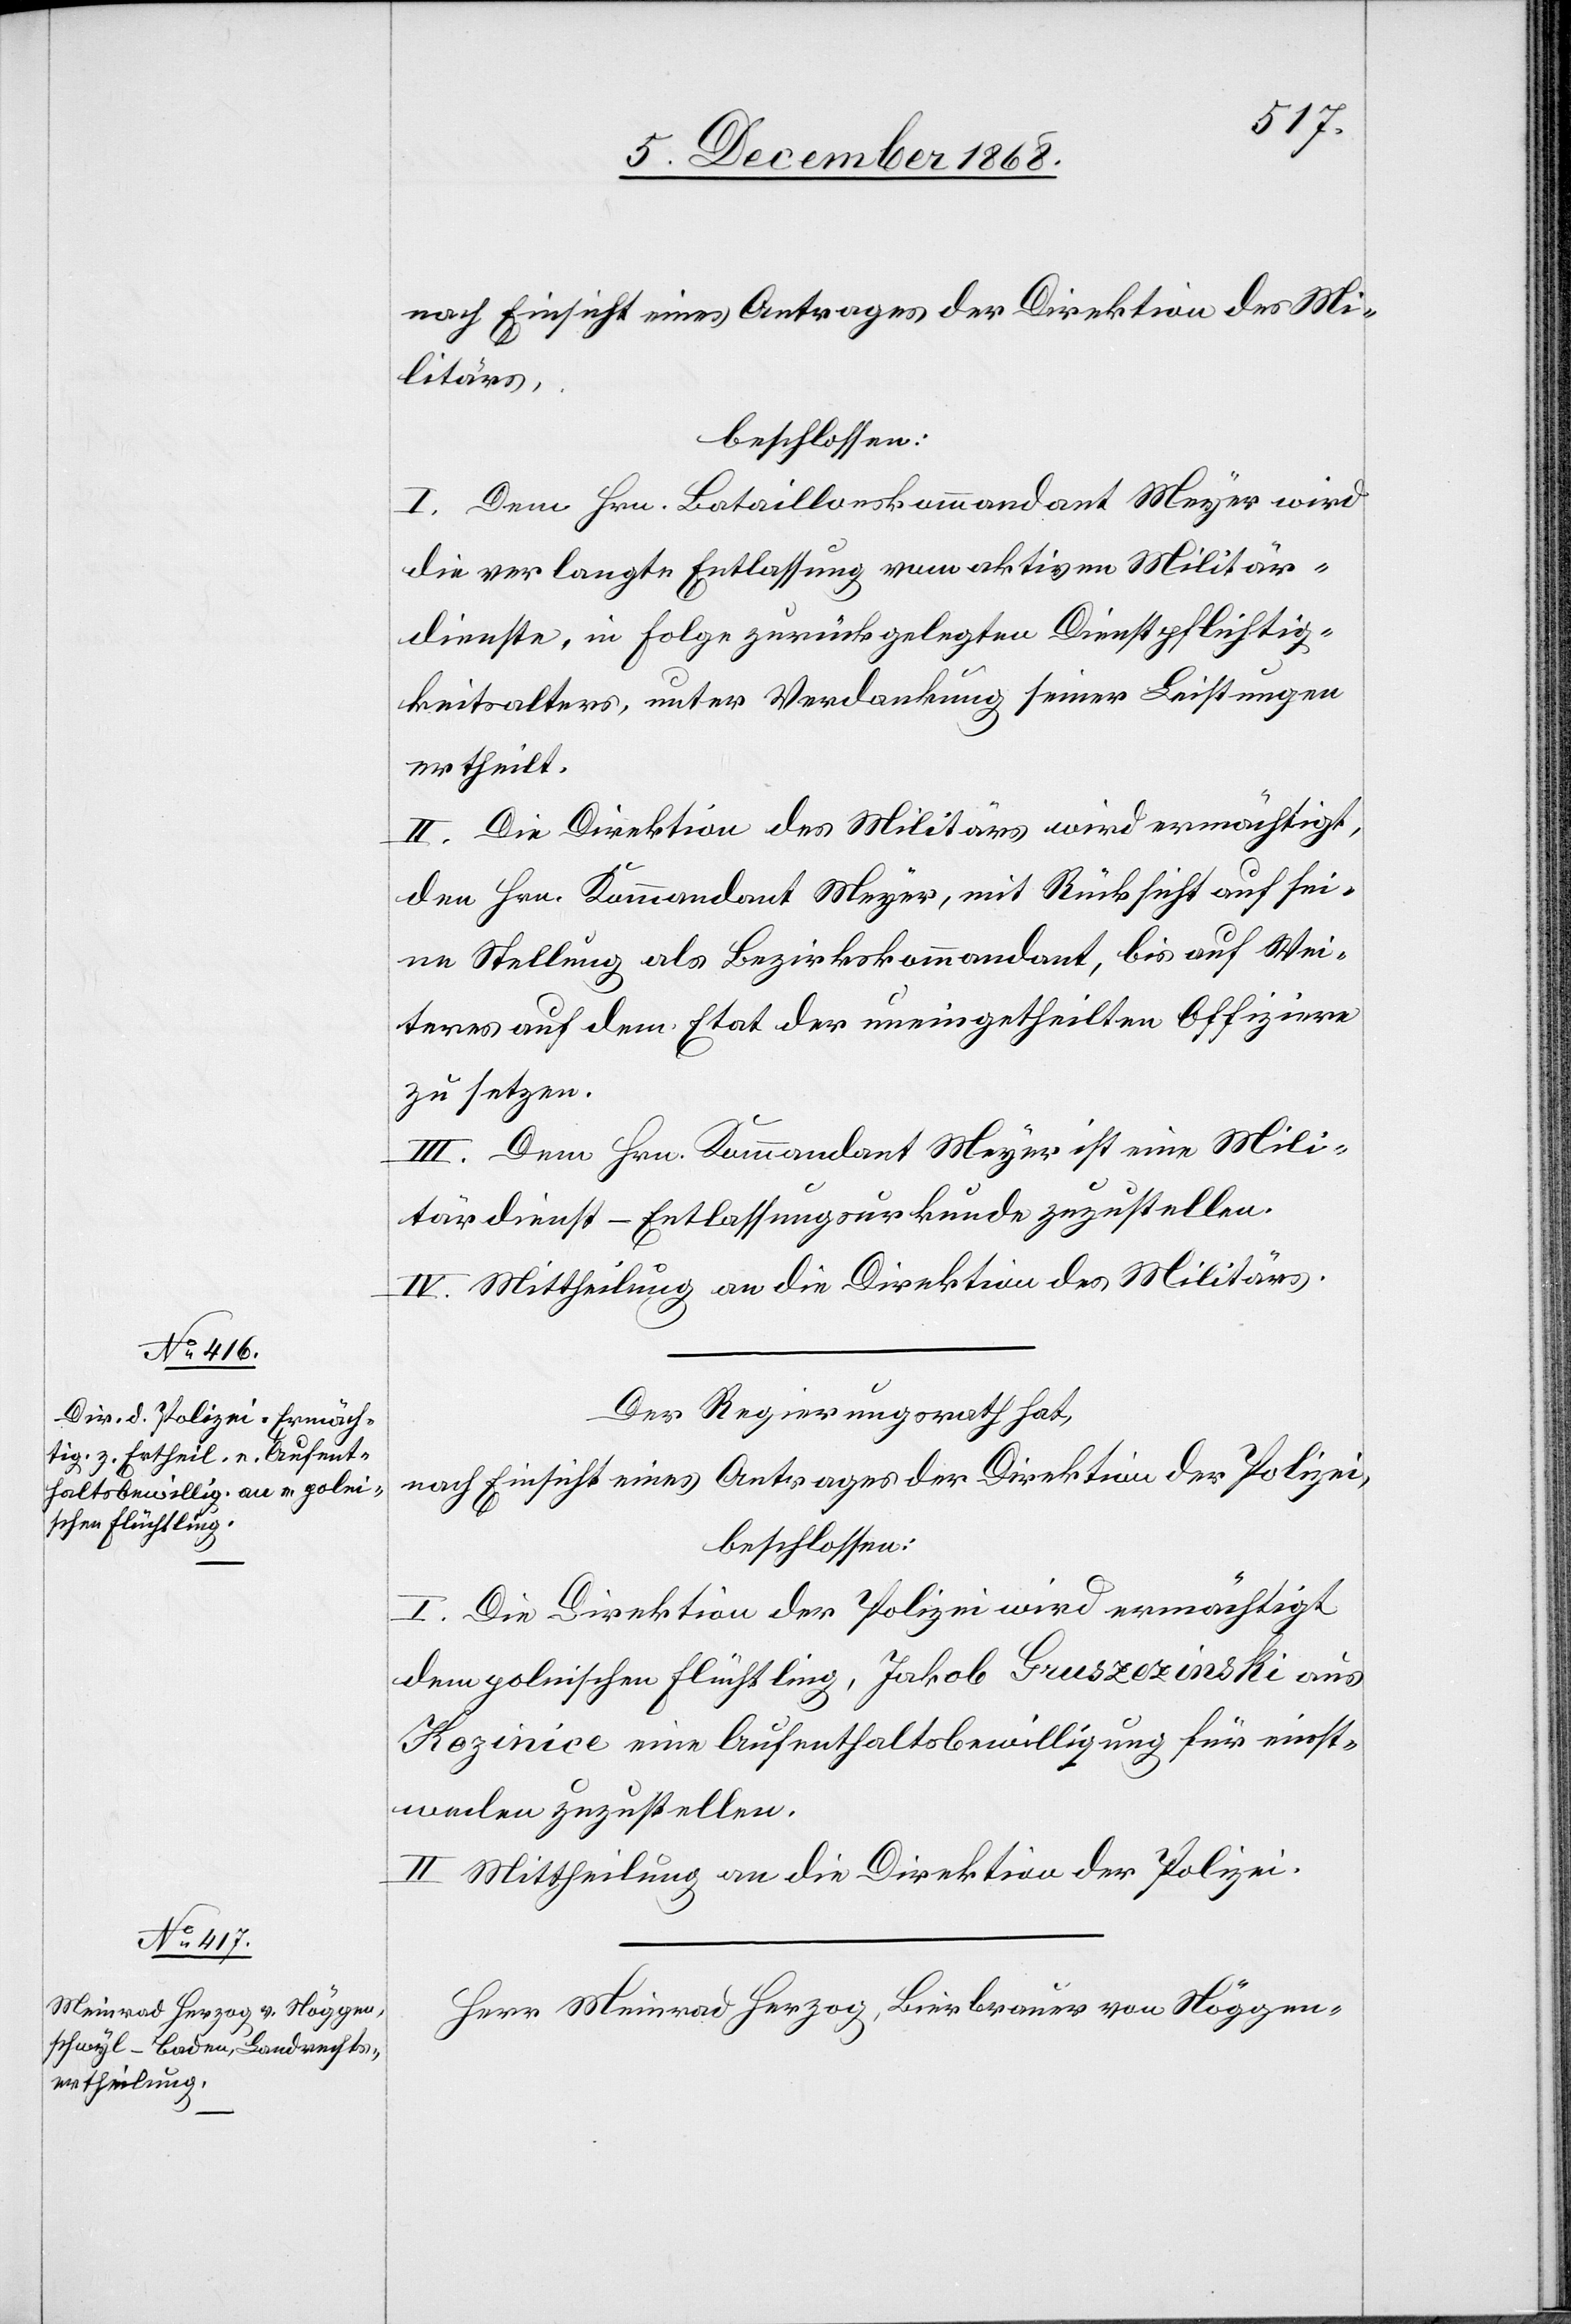
nach Einsicht eines Antrages der Direktion des Mi¬
litärs,
beschlossen:
I. Dem Hrn. Bataillonskommandant Meyer wird
die verlangte Entlassung vom aktiven Militär¬
dienste, in Folge zurückgelegten Dienstpflichtig¬
keitsalters, unter Verdankung seiner Leistungen
ertheilt.
II. Die Direktion des Militärs wird ermächtigt,
den Hrn. Kommandant Meyer, mit Rücksicht auf sei¬
ne Stellung als Bezirkskommandant, bis auf Wei¬
teres auf dem [sic!] Etat der uneingetheilten Offiziere
zu setzen.
III. Dem Hrn. Kommandant Meyer ist eine Mili¬
tärdienst-Entlassungsurkunde zuzustellen.
IV. Mittheilung an die Direktion des Militärs.
Der Regierungsrath hat,
nach Einsicht eines Antrages der Direktion der Polizei,
beschlossen:
I. Die Direktion der Polizei wird ermächtigt
dem polnischen Flüchtling, Jakob Gruszezinski aus
Kozinice eine Aufenthaltsbewilligung für einst¬
weilen zuzustellen.
II. Mittheilung an die Direktion der Polizei.
Herr Meinrad Herzog, Bierbrauer von Nöggen-